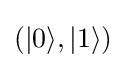
(|0\rangle ,|1\rangle )